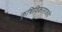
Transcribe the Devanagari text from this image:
कृषिविकासाकडे